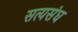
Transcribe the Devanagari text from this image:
सत्यसंघ